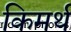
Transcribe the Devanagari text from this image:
किमर्थ